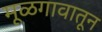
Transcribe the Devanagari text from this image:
मूळगावातून